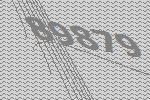
89879